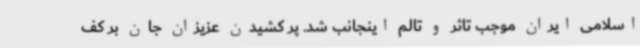
اسلامی ایران موجب تاثر و تالم اینجانب شد. پر کشیدن عزیزان جان بر کف